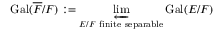
\operatorname { G a l } ( { \overline { { F } } } / F ) : = \varprojlim _ { E / F { \mathrm { ~ f i n i t e ~ s e p a r a b l e } } } { \operatorname { G a l } ( E / F ) }